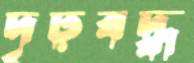
দৃঢ়বদ্ধ